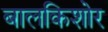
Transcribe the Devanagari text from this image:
बालकिशोर